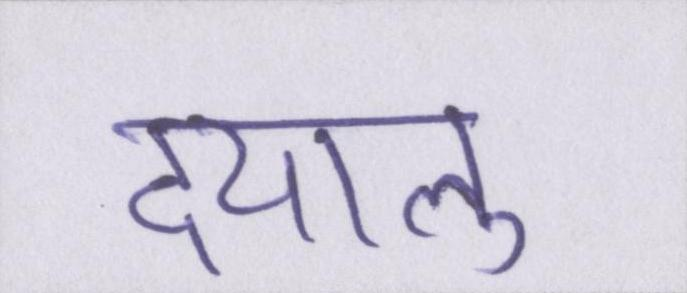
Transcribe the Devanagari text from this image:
दयालु